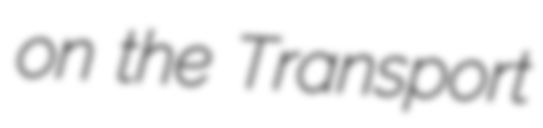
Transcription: on the Transport